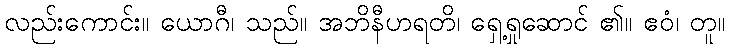
လည်းကောင်း။ ယောဂီ၊ သည်။ အဘိနီဟရတိ၊ ရှေ့ရှုဆောင် ၏။ ဧဝံ၊ တူ။